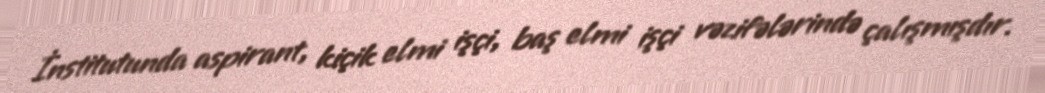
İnstitutunda aspirant, kiçik elmi işçi, baş elmi işçi vəzifələrində çalışmışdır.